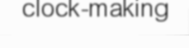
clock-making